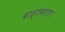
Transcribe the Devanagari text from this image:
वास्तवतेला